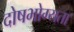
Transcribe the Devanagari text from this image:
दोषभोग्यता